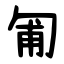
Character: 匍